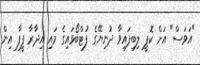
"އަވަސް" އަށް ކޮޕީ ލިބިފައިވާ ދުނިޔޭގެ ފުޓްބޯޅައިގެ މައި އިދާރާ ފީފާ އިން